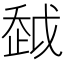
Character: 𧻂